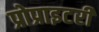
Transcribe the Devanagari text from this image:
प्रोप्राइटरी